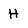
Character: H